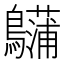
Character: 𪇨